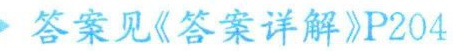
答案见《答案详解》P204